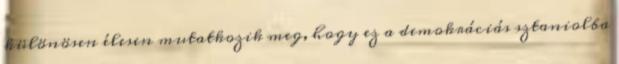
különösen élesen mutatkozik meg, hogy ez a demokráciás sztaniolba